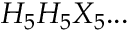
H _ { 5 } H _ { 5 } X _ { 5 } . . .